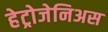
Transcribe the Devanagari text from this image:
हेट्रोजेनिअस